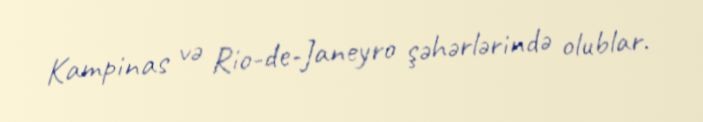
Kampinas və Rio-de-Janeyro şəhərlərində olublar.